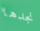
نجدها